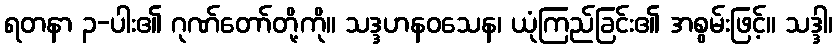
ရတနာ ၃-ပါး၏ ဂုဏ်တော်တို့ကို။ သဒ္ဒဟနဝသေန၊ ယုံကြည်ခြင်း၏ အစွမ်းဖြင့်။ သဒ္ဒါ၊